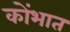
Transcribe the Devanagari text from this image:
कोंभात